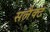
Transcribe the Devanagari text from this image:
सलैक्ट